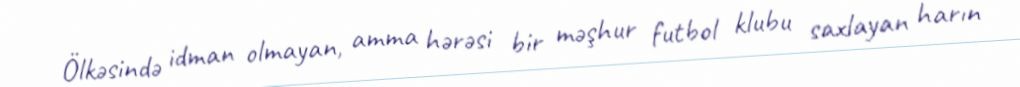
Ölkəsində idman olmayan, amma hərəsi bir məşhur futbol klubu saxlayan harın